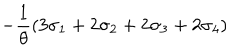
LaTeX: - \frac { 1 } { \theta } \left( 3 \sigma _ { 1 } + 2 \sigma _ { 2 } + 2 \sigma _ { 3 } + 2 \sigma _ { 4 } \right)